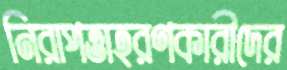
নিরাপত্তাহরণকারীদের